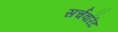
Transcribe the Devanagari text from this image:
सर्चवॉरंट